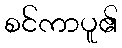
စင်ကာပူ၏